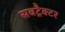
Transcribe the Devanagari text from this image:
सबट्रैक्टर